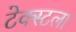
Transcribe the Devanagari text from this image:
टेक्स्टला